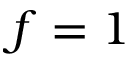
f = 1